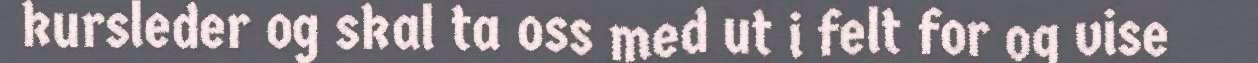
kursleder og skal ta oss med ut i felt for og vise